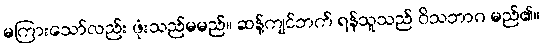
မကြားသော်လည်း ဖုံးသည်မမည်။ ဆန့်ကျင်ဘက် ရန်သူသည် ဝိသဘာဂ မည်၏။